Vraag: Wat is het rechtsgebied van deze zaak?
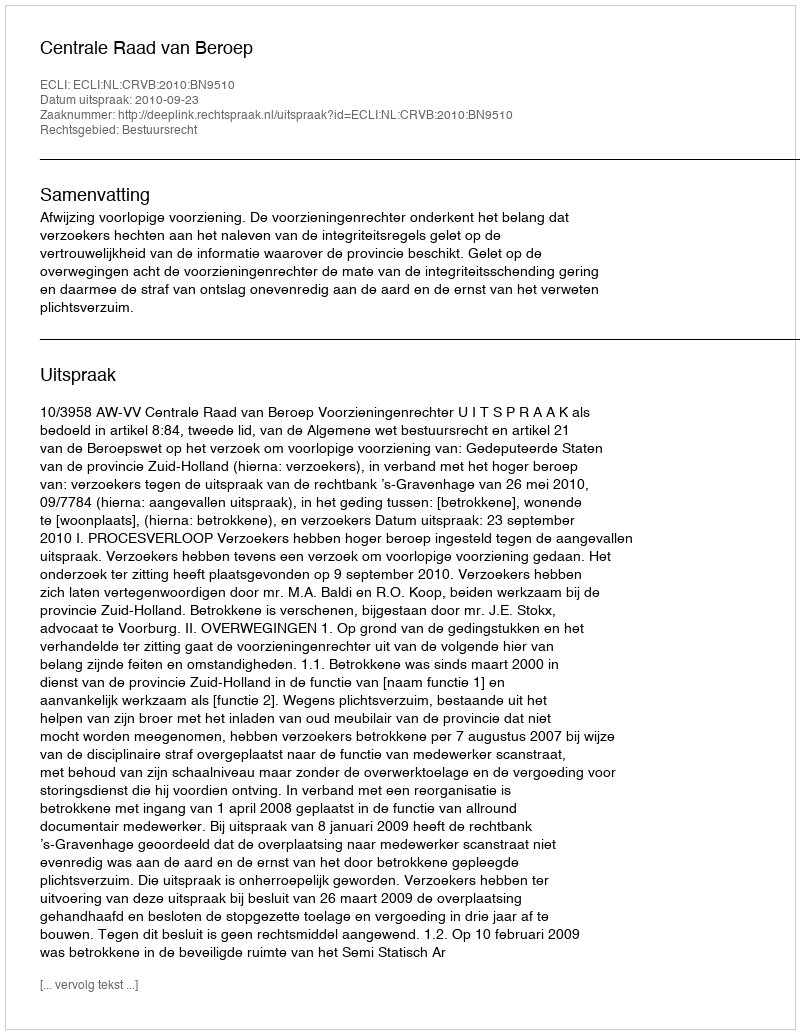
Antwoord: Bestuursrecht